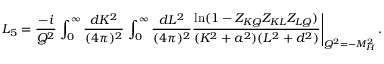
{ \cal L } _ { 5 } = \frac { - i } { Q ^ { 2 } } \left. \int _ { 0 } ^ { \infty } \frac { d K ^ { 2 } } { ( 4 \pi ) ^ { 2 } } \, \int _ { 0 } ^ { \infty } \frac { d L ^ { 2 } } { ( 4 \pi ) ^ { 2 } } \frac { \ln ( 1 - Z _ { K Q } Z _ { K L } Z _ { L Q } ) } { ( K ^ { 2 } + a ^ { 2 } ) ( L ^ { 2 } + d ^ { 2 } ) } \right| _ { Q ^ { 2 } = - M _ { H } ^ { 2 } } .